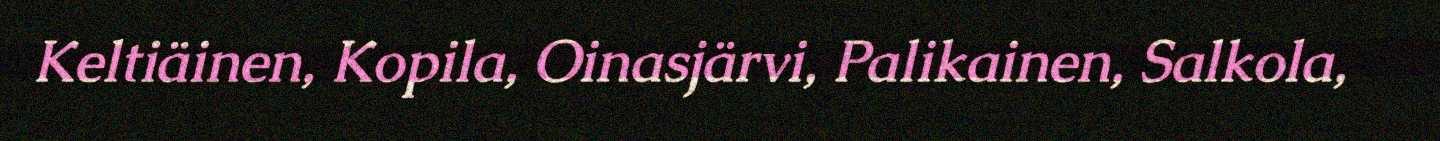
Keltiäinen, Kopila, Oinasjärvi, Palikainen, Salkola,